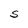
Character: S